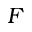
F